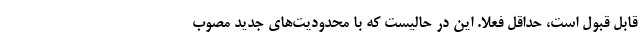
قابل قبول است، حداقل فعلا. این در حالیست که با محدودیت‌های جدید مصوب